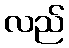
လည်